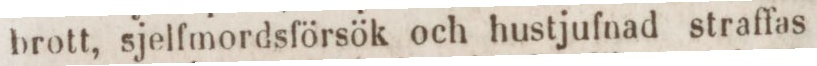
brott, sjelfmordsförsök och hustjufnad straffas